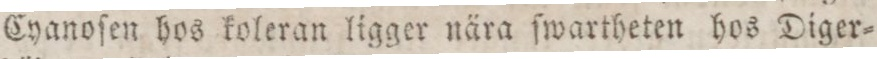
Cyanoſen hos koleran ligger nära ſwartheten hos Diger=